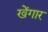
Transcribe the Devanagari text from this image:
खेंगार